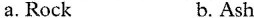
a. Rock b. Ash